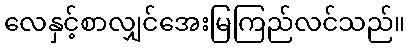
လေနှင့်စာလျှင်အေးမြကြည်လင်သည်။